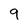
Character: 9